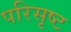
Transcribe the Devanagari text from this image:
परिसृष्ट